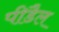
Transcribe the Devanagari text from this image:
पीडैल